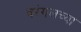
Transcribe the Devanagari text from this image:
वरंगलच्या